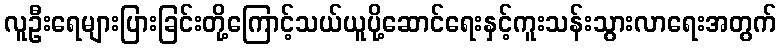
လူဦးရေများပြားခြင်းတို့ကြောင့်သယ်ယူပို့ဆောင်ရေးနှင့်ကူးသန်းသွားလာရေးအတွက်